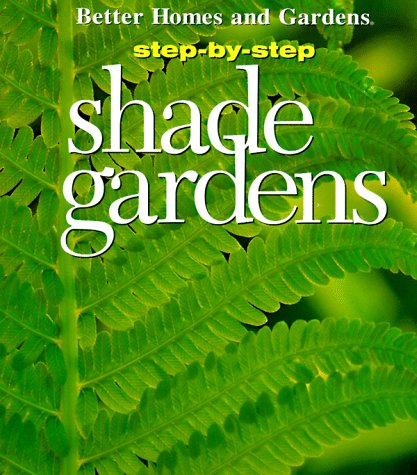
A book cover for Step-By-Step Shade Gardens; Better Homes and Gardens; Crafts, Hobbies & Home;